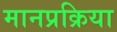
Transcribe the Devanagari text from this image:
मानप्रक्रिया